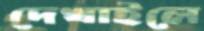
দেখাইলে